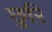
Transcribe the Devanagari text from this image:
छुरि